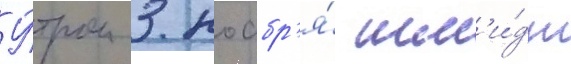
У́тром 3 ноабр'я́ шм'и́дт